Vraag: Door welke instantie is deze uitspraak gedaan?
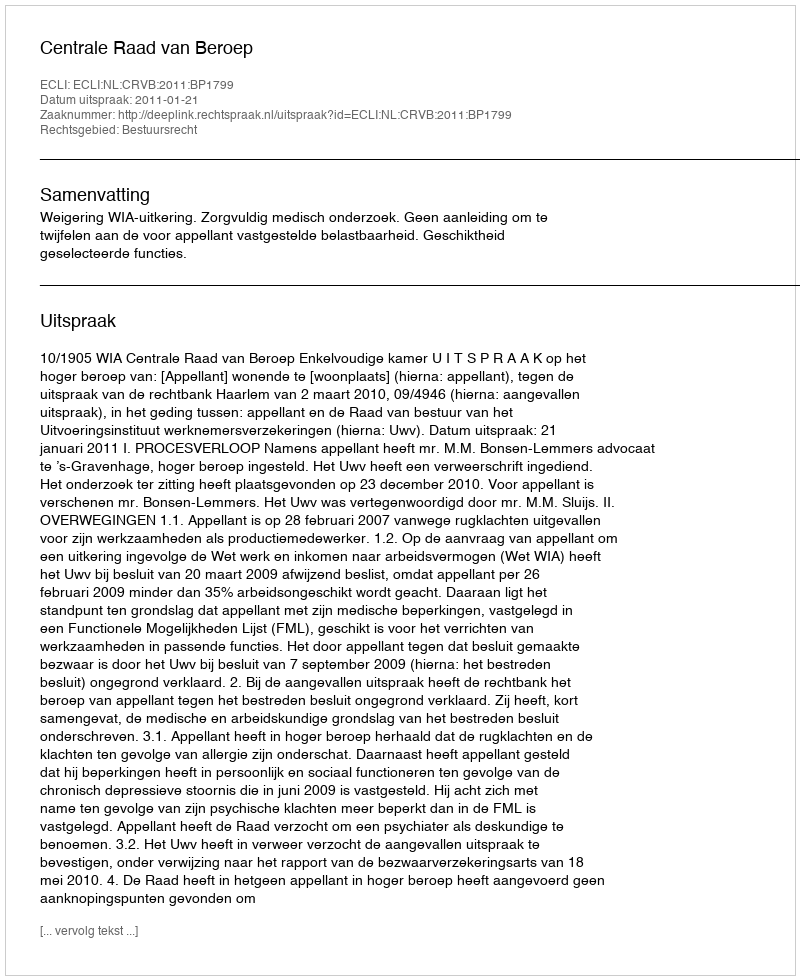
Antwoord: Centrale Raad van Beroep